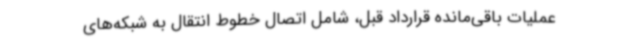
عملیات باقی‌مانده قرارداد قبل، شامل اتصال خطوط انتقال به شبکه‌های